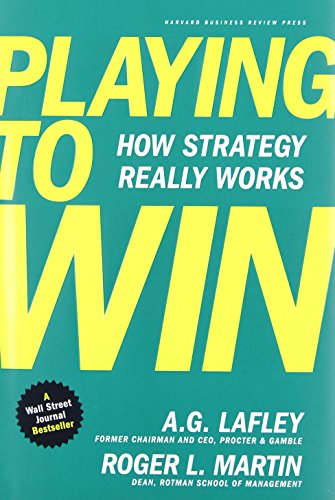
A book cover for Playing to Win: How Strategy Really Works; A.G. Lafley; Business & Money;